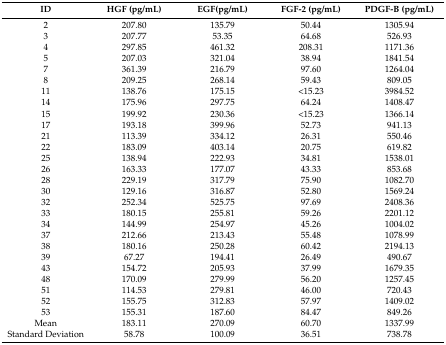
<table><thead><tr><td><b>ID</b></td><td><b>HGF (pg/mL)</b></td><td><b>EGF(pg/mL)</b></td><td><b>FGF-2 (pg/mL)</b></td><td><b>PDGF-B (pg/mL)</b></td></tr></thead><tbody><tr><td>2</td><td>207.80</td><td>135.79</td><td>50.44</td><td>1305.94</td></tr><tr><td>3</td><td>207.77</td><td>53.35</td><td>64.68</td><td>526.93</td></tr><tr><td>4</td><td>297.85</td><td>461.32</td><td>208.31</td><td>1171.36</td></tr><tr><td>5</td><td>207.03</td><td>321.04</td><td>38.94</td><td>1841.54</td></tr><tr><td>7</td><td>361.39</td><td>216.79</td><td>97.60</td><td>1264.04</td></tr><tr><td>8</td><td>209.25</td><td>268.14</td><td>59.43</td><td>809.05</td></tr><tr><td>11</td><td>138.76</td><td>175.15</td><td>&lt;15.23</td><td>3984.52</td></tr><tr><td>14</td><td>175.96</td><td>297.75</td><td>64.24</td><td>1408.47</td></tr><tr><td>15</td><td>199.92</td><td>230.36</td><td>&lt;15.23</td><td>1366.14</td></tr><tr><td>17</td><td>193.18</td><td>399.96</td><td>52.73</td><td>941.13</td></tr><tr><td>21</td><td>113.39</td><td>334.12</td><td>26.31</td><td>550.46</td></tr><tr><td>22</td><td>183.09</td><td>403.14</td><td>20.75</td><td>619.82</td></tr><tr><td>25</td><td>138.94</td><td>222.93</td><td>34.81</td><td>1538.01</td></tr><tr><td>26</td><td>163.33</td><td>177.07</td><td>43.33</td><td>853.68</td></tr><tr><td>28</td><td>229.19</td><td>317.79</td><td>75.90</td><td>1082.70</td></tr><tr><td>30</td><td>129.16</td><td>316.87</td><td>52.80</td><td>1569.24</td></tr><tr><td>32</td><td>252.34</td><td>525.75</td><td>97.69</td><td>2408.36</td></tr><tr><td>33</td><td>180.15</td><td>255.81</td><td>59.26</td><td>2201.12</td></tr><tr><td>34</td><td>144.99</td><td>254.97</td><td>45.26</td><td>1004.02</td></tr><tr><td>37</td><td>212.66</td><td>213.43</td><td>55.48</td><td>1078.99</td></tr><tr><td>38</td><td>180.16</td><td>250.28</td><td>60.42</td><td>2194.13</td></tr><tr><td>39</td><td>67.27</td><td>194.41</td><td>26.49</td><td>490.67</td></tr><tr><td>43</td><td>154.72</td><td>205.93</td><td>37.99</td><td>1679.35</td></tr><tr><td>48</td><td>170.09</td><td>279.99</td><td>56.20</td><td>1257.45</td></tr><tr><td>51</td><td>114.53</td><td>279.81</td><td>46.00</td><td>720.43</td></tr><tr><td>52</td><td>155.75</td><td>312.83</td><td>57.97</td><td>1409.02</td></tr><tr><td>53</td><td>155.31</td><td>187.60</td><td>84.47</td><td>849.26</td></tr><tr><td>Mean</td><td>183.11</td><td>270.09</td><td>60.70</td><td>1337.99</td></tr><tr><td>Standard Deviation</td><td>58.78</td><td>100.09</td><td>36.51</td><td>738.78</td></tr></tbody></table>